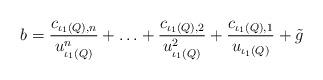
LaTeX: \begin{align*}b =\frac{c_{\iota_{1}(Q),n}}{u_{\iota_{1}(Q)}^n} + \ldots + \frac{c_{\iota_{1}(Q),2}}{u_{\iota_{1}(Q)}^2} + \frac{c_{\iota_{1}(Q),1}}{u_{\iota_{1}(Q)}} + \tilde{g}\end{align*}